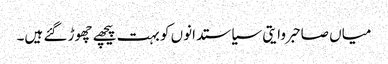
میاں صاحبروایتی سیاستدانوں کو بہت پیچھے چھوڑ گئے ہیں۔